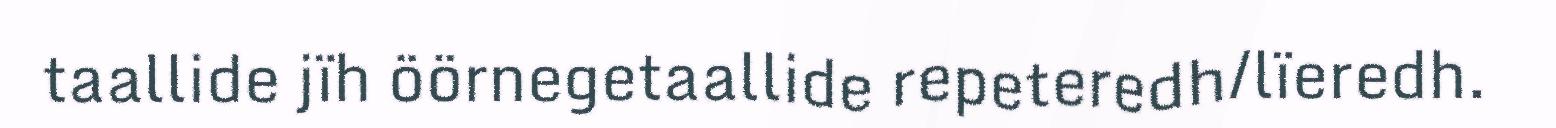
taallide jïh öörnegetaallide repeteredh/lïeredh.